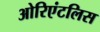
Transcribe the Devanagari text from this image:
ओरिएंटलिस